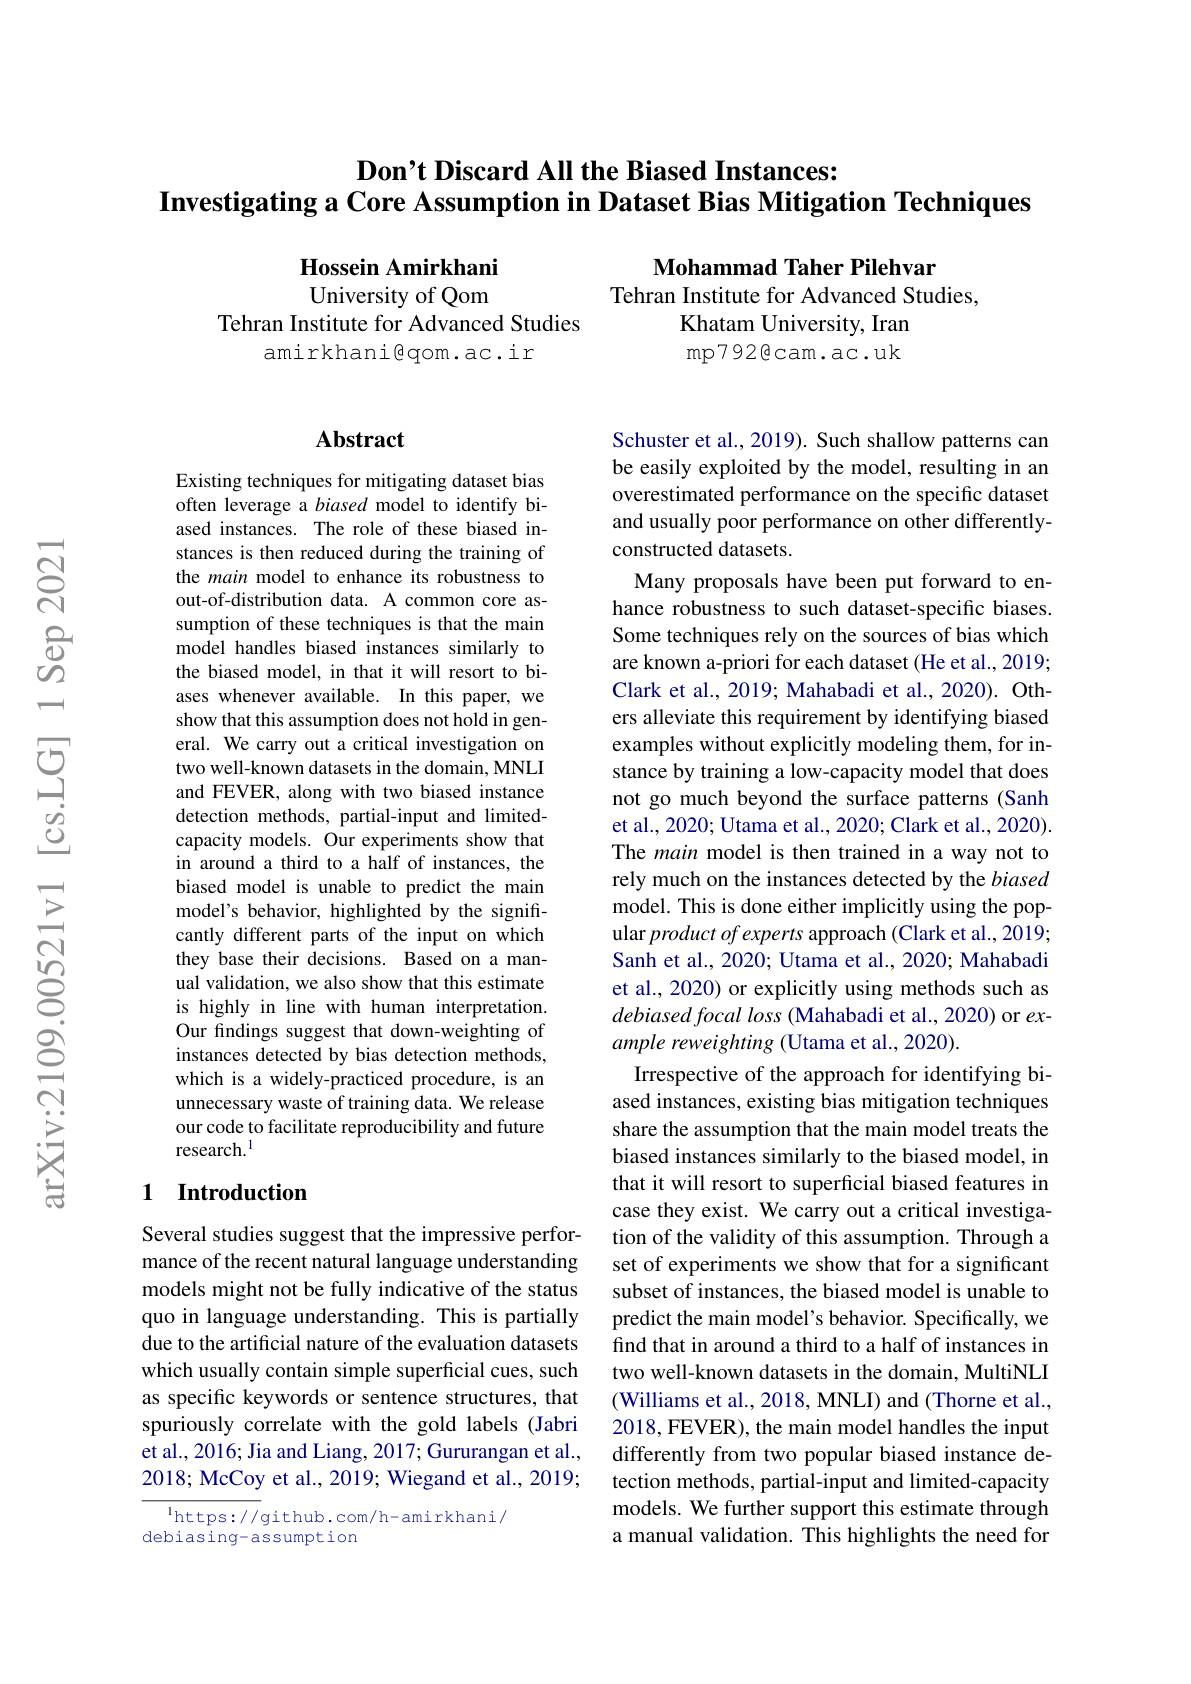
### $\textbf{Don' t Discard All the Biased Instances: }$ Investigating a Core Assumption in Dataset Bias Mitigation Techniques

Hossein Amirkhani
Mohammad Taher Pilehvar
University of Qom
Tehran Institute for Advanced Studies,
Tehran Institute for Advanced Studies
Khatam University, Iran
amirkhani$\textcircled{\mathrm{qom.ac.ir}}$
$\operatorname*{mp792@cam.ac.uk}$

## Abstract

Existing techniques for mitigating dataset bias often leverage a biased model to identify biased instances. The role of these biased instances is then reduced during the training of the main model to enhance its robustness to out-of-distribution data. A common core assumption of these techniques is that the main model handles biased instances similarly to the biased model, in that it will resort to biases whenever available. In this paper, we show that this assumption does not hold in general. We carry out a critical investigation on two well-known datasets in the domain, MNLI and FEVER, along with two biased instance detection methods, partial-input and limitedcapacity models. Our experiments show that in around a third to a half of instances, the biased model is unable to predict the main model's behavior, highlighted by the significantly different parts of the input on which they base their decisions. Based on a manual validation, we also show that this estimate is highly in line with human interpretation. Our findings suggest that down-weighting of instances detected by bias detection methods, which is a widely-practiced procedure, is an unnecessary waste of training data. We release our code to facilitate reproducibility and future research.$^{1}$

Schuster et al., 2019). Such shallow patterns can be easily exploited by the model, resulting in an overestimated performance on the specific dataset and usually poor performance on other differentlyconstructed datasets.
Many proposals have been put forward to enhance robustness to such dataset-specific biases. Some techniques rely on the sources of bias which are known a-priori for each dataset (He et al., 2019; Clark et al., 2019; Mahabadi et al., 2020). Others alleviate this requirement by identifying biased examples without explicitly modeling them, for instance by training a low-capacity model that does not go much beyond the surface patterns (Sanh et al., 2020; Utama et al., 2020; Clark et al., 2020). The main model is then trained in a way not to rely much on the instances detected by the biased model. This is done either implicitly using the popular product of experts approach (Clark et al., 2019; Sanh et al., 2020; Utama et al., 2020; Mahabadi et al., 2020) or explicitly using methods such as debiased focal loss (Mahabadi et al., 2020) or example reweighting (Utama et al., 2020).
Irrespective of the approach for identifying biased instances, existing bias mitigation techniques share the assumption that the main model treats the biased instances similarly to the biased model, in that it will resort to superficial biased features in case they exist. We carry out a critical investigation of the validity of this assumption. Through a set of experiments we show that for a significant subset of instances, the biased model is unable to predict the main model's behavior. Specifically, we find that in around a third to a half of instances in two well-known datasets in the domain, MultiNLI (Williams et al., 2018, MNLI) and (Thorne et al., 2018, FEVER), the main model handles the input differently from two popular biased instance detection methods, partial-input and limited-capacity models. We further support this estimate through a manual validation. This highlights the need for

## 1 Introduction

Several studies suggest that the impressive performance of the recent natural language understanding models might not be fully indicative of the status quo in language understanding. This is partially due to the artificial nature of the evaluation datasets which usually contain simple superficial cues, such as specific keywords or sentence structures, that spuriously correlate with the gold labels (Jabri et al., 2016; Jia and Liang, 2017; Gururangan et al., 2018; McCoy et al., 2019; Wiegand et al., 2019;

$^{1}$https://github.com/h-amirkhani/
debiasing-assumption